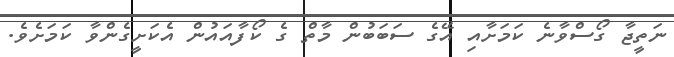
ނަތީޖާ ގޯސްވާނެ ކަަމަށާއި އޭގެ ސަބަބުން މާތް ގެ ކޯފާއައުން އެކަށީގެންވާ ކަަމަށެވެ.